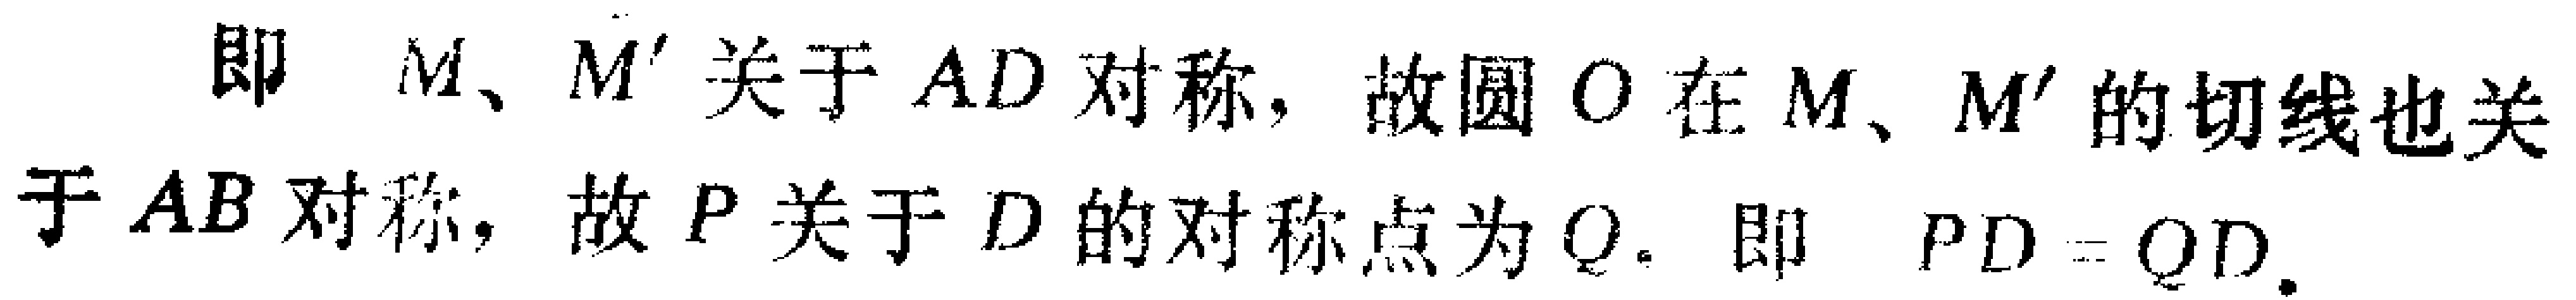
即 \(M\)、\(M'\) 关于 \(AD\) 对称，故圆 \(O\) 在 \(M\)、\(M'\) 的切线也关于 \(AB\) 对称，故 \(P\) 关于 \(D\) 的对称点为 \(Q\)。即 \(PD = QD\)。